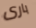
بارى